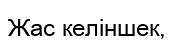
Жас келіншек,